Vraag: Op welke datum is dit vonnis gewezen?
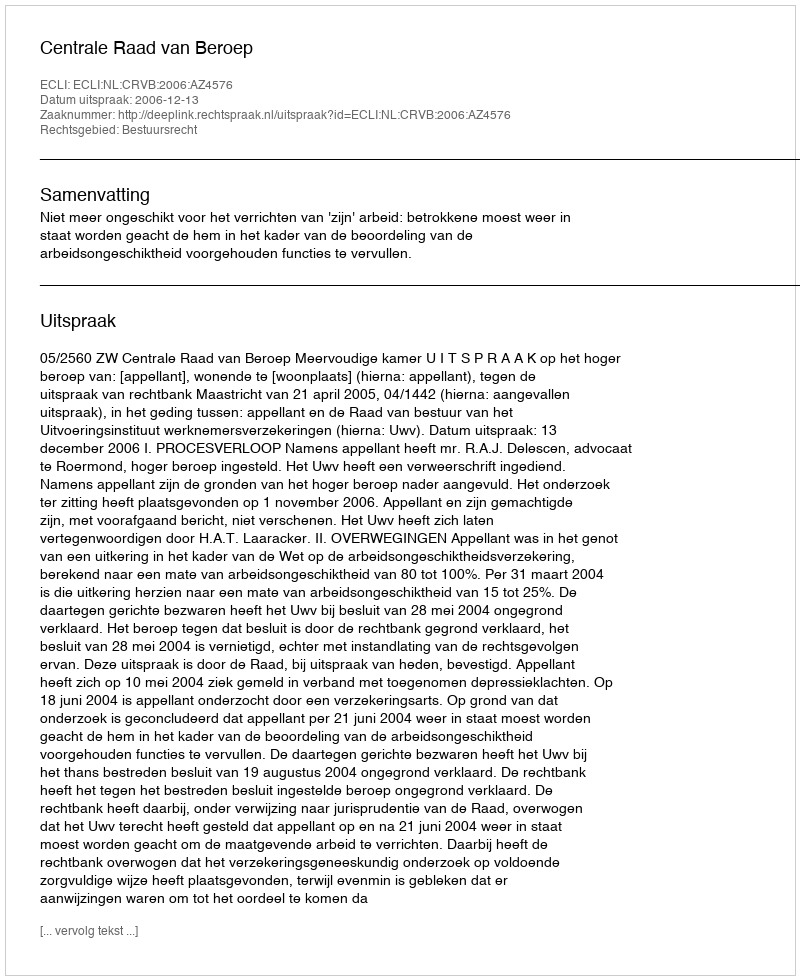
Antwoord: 2006-12-13